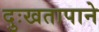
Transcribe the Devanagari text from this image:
दुःखतापाने